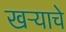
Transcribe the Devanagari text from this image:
खऱ्याचे